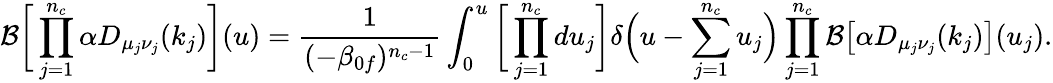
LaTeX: \mathcal{B}\bigg[\prod_{j=1}^{n_{c}}\alpha D_{\mu_{j}\nu_{j}}(k_{j})\bigg](u)=\frac{1}{(-\beta_{0f})^{n_{c}-1}}\int_{0}^{u}\bigg[\prod_{j=1}^{n_{c}}du_{j}\bigg]\delta\Big(u-\sum_{j=1}^{n_{c}}u_{j}\Big)\prod_{j=1}^{n_{c}}\mathcal{B}\big[\alpha D_{\mu_{j}\nu_{j}}(k_{j})\big](u_{j}).